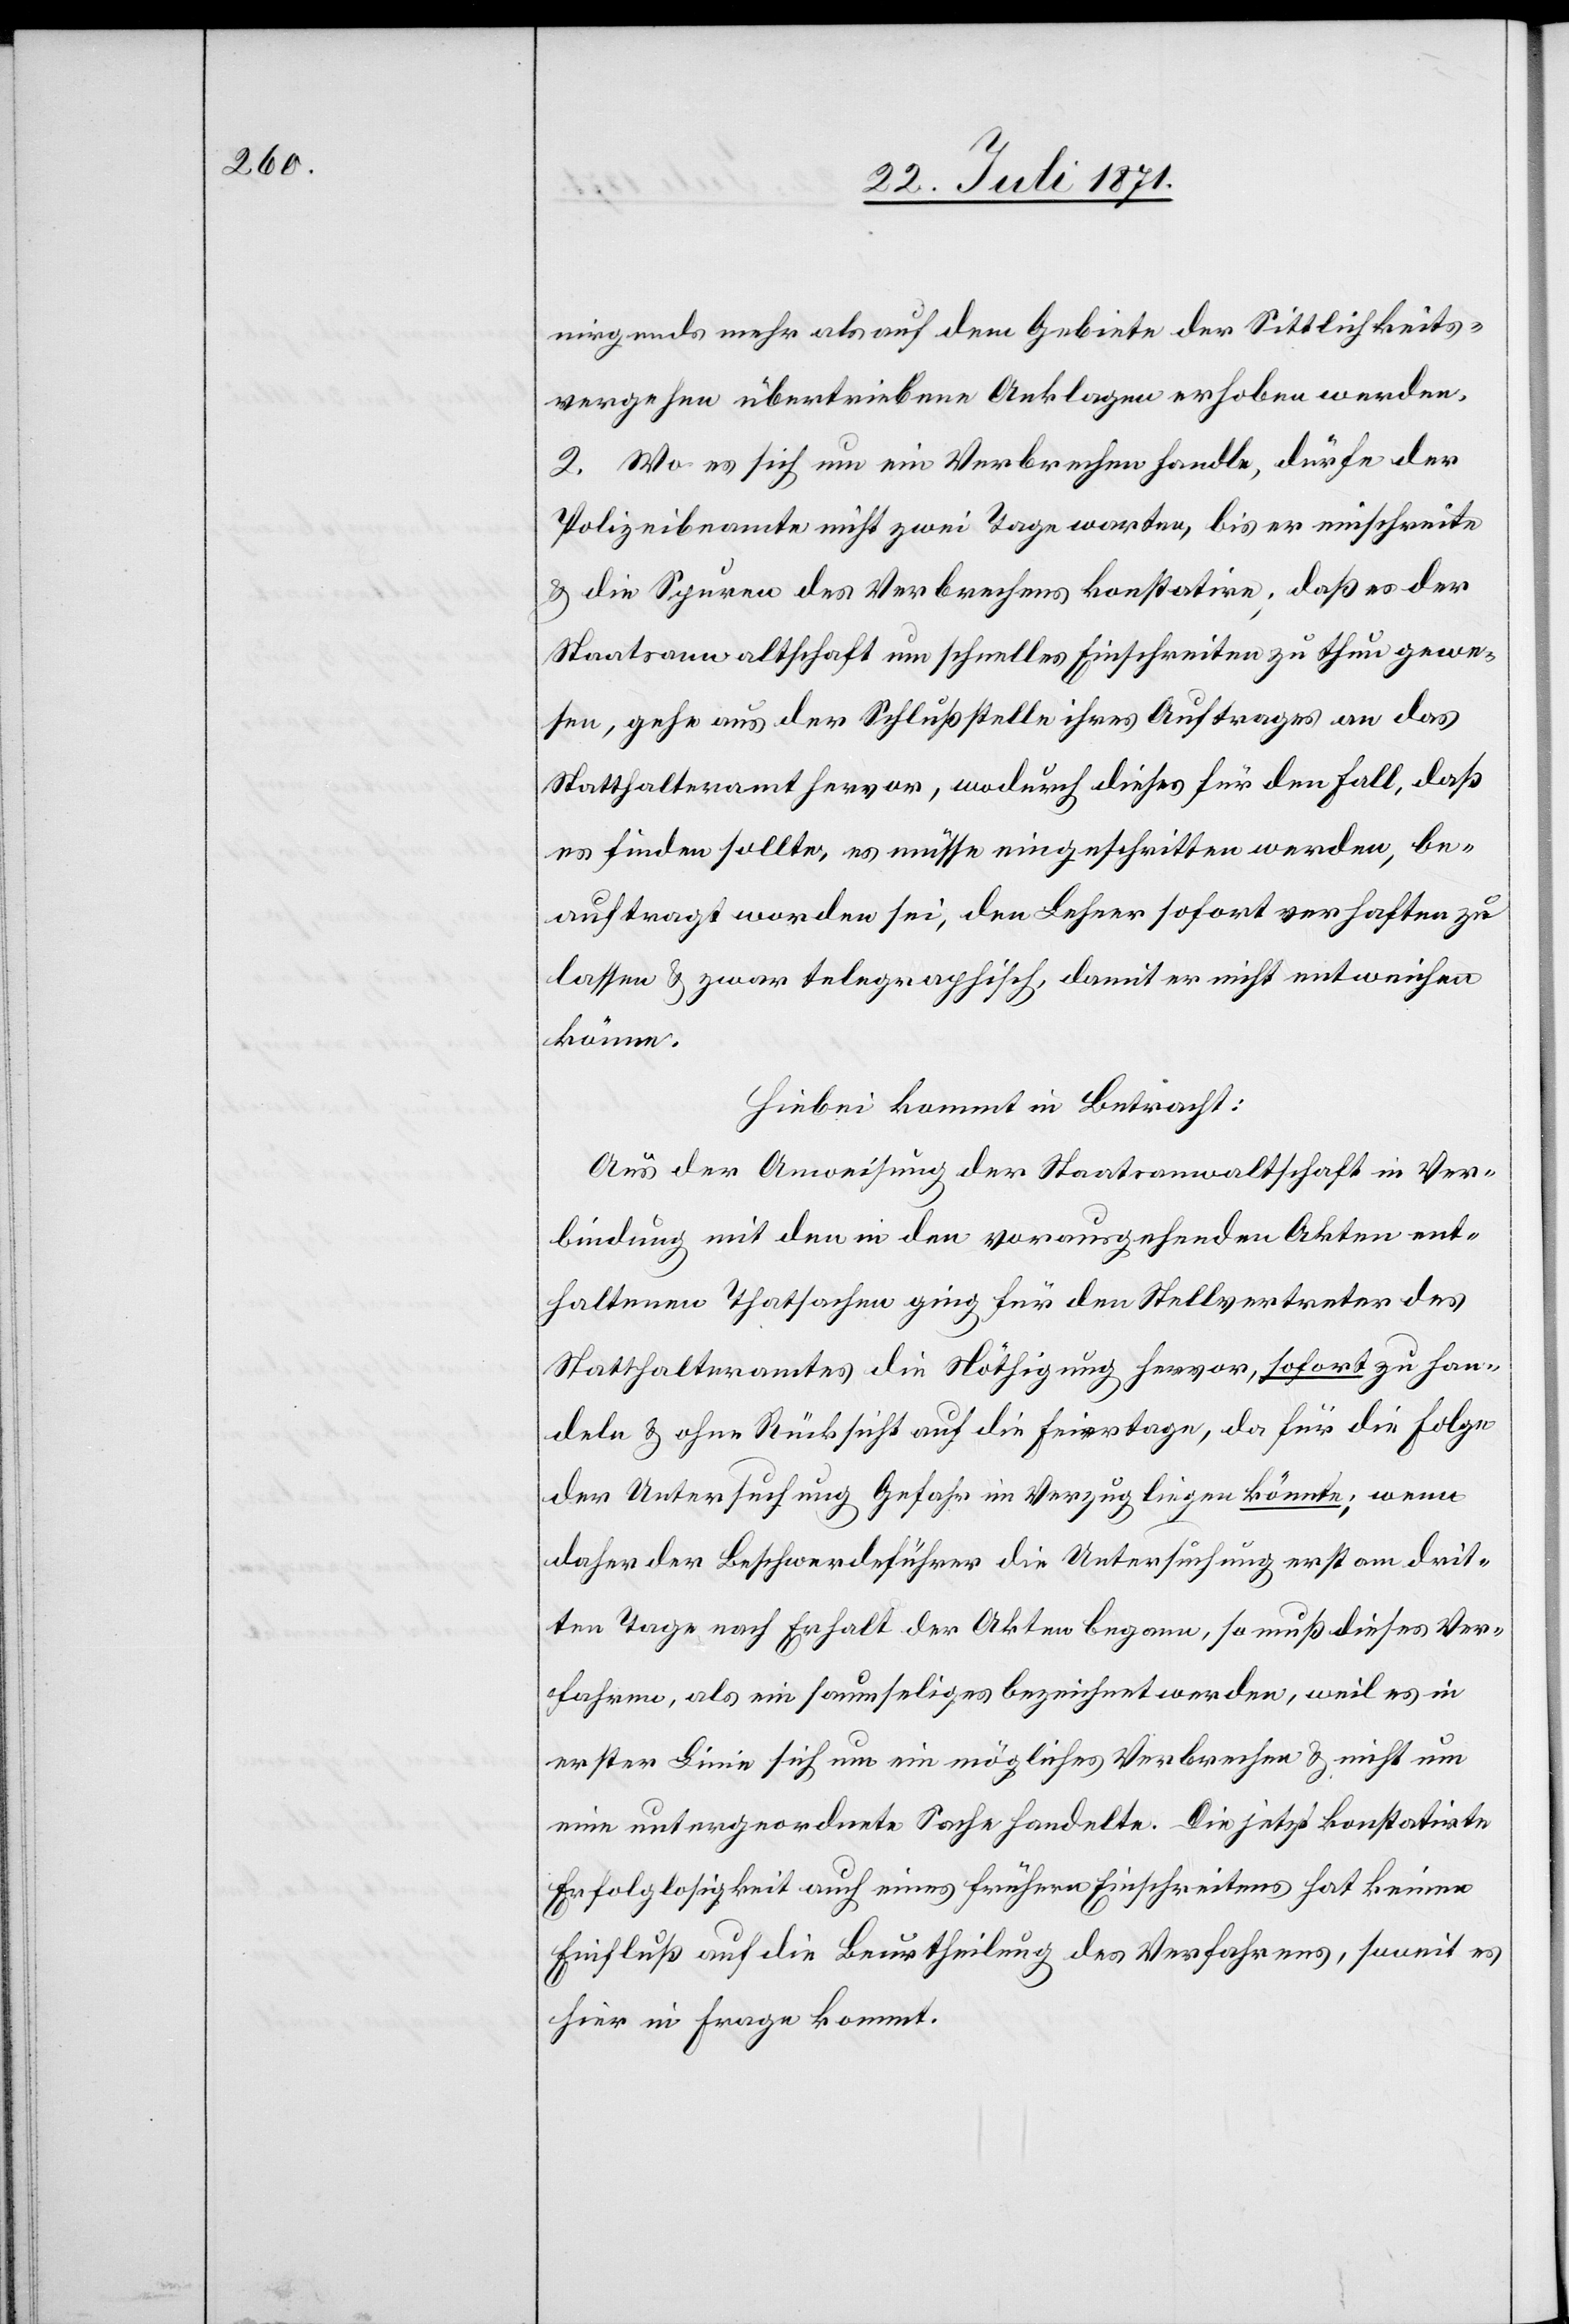
nirgends mehr als auf dem Gebiete der Sittlichkeits¬
vergehen übertriebene Anklagen erhoben werden.
2. Wo es sich um ein Verbrechen handle, dürfe der
Polizeibeamte nicht zwei Tage warten, bis er einschreite
u. die Spuren des Verbrechens konstatire; daß es der
Staatsanwaltschaft um schnelles Einschreiten zu thun gewe¬
sen, gehe aus der Schlußstelle ihres Auftrages an das
Statthalteramt hervor, wodurch dieses für den Fall, daß
es finden sollte, es müsse eingeschritten werden, be¬
auftragt worden sei, den Lehner sofort verhaften zu
lassen u. zwar telegraphisch, damit er nicht entweichen
könne.
Hiebei kommt in Betracht:
Aus der Anweisung der Staatsanwaltschaft in Ver¬
bindung mit den in den vorausgehenden Akten ent¬
haltenen Thatsachen ging für den Stellvertreter des
Statthalteramtes die Nöthigung hervor, sofort zu han¬
deln u. ohne Rücksicht auf die Feiertage, da für die Folge
der Untersuchung Gefahr im Verzug liegen könnte; wenn
daher der Beschwerdeführer die Untersuchung erst am drit¬
ten Tage nach Erhalt der Akten begann, so muß dieses Ver¬
fahren, als ein saumseliges bezeichnet werden, weil es in
erster Linie sich um ein mögliches Verbrechen u. nicht um
eine untergeordnete Sache handelte. Die jetzt konstatirte
Erfolglosigkeit auch eines frühern Einschreitens hat keinen
Einfluß auf die Beurtheilung des Verfahrens, soweit es
hier in Frage kommt.